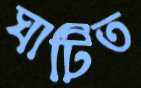
ঘাটিত